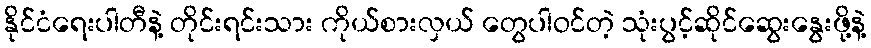
နိုင်ငံရေးပါတီနဲ့ တိုင်းရင်းသား ကိုယ်စားလှယ် တွေပါဝင်တဲ့ သုံးပွင့်ဆိုင်ဆွေးနွေးဖို့နဲ့